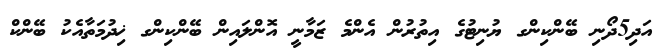
އަދި5ދޯނި ބޭންކިންގ ޔުނިޓުގެ އިތުރުން އެންމެ ޒަމާނީ އޮންލައިން ބޭންކިންގ ޚިދުމަތާއެކު ބޭންކް